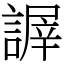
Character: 謘